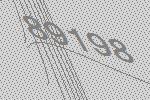
89198